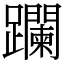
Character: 躝